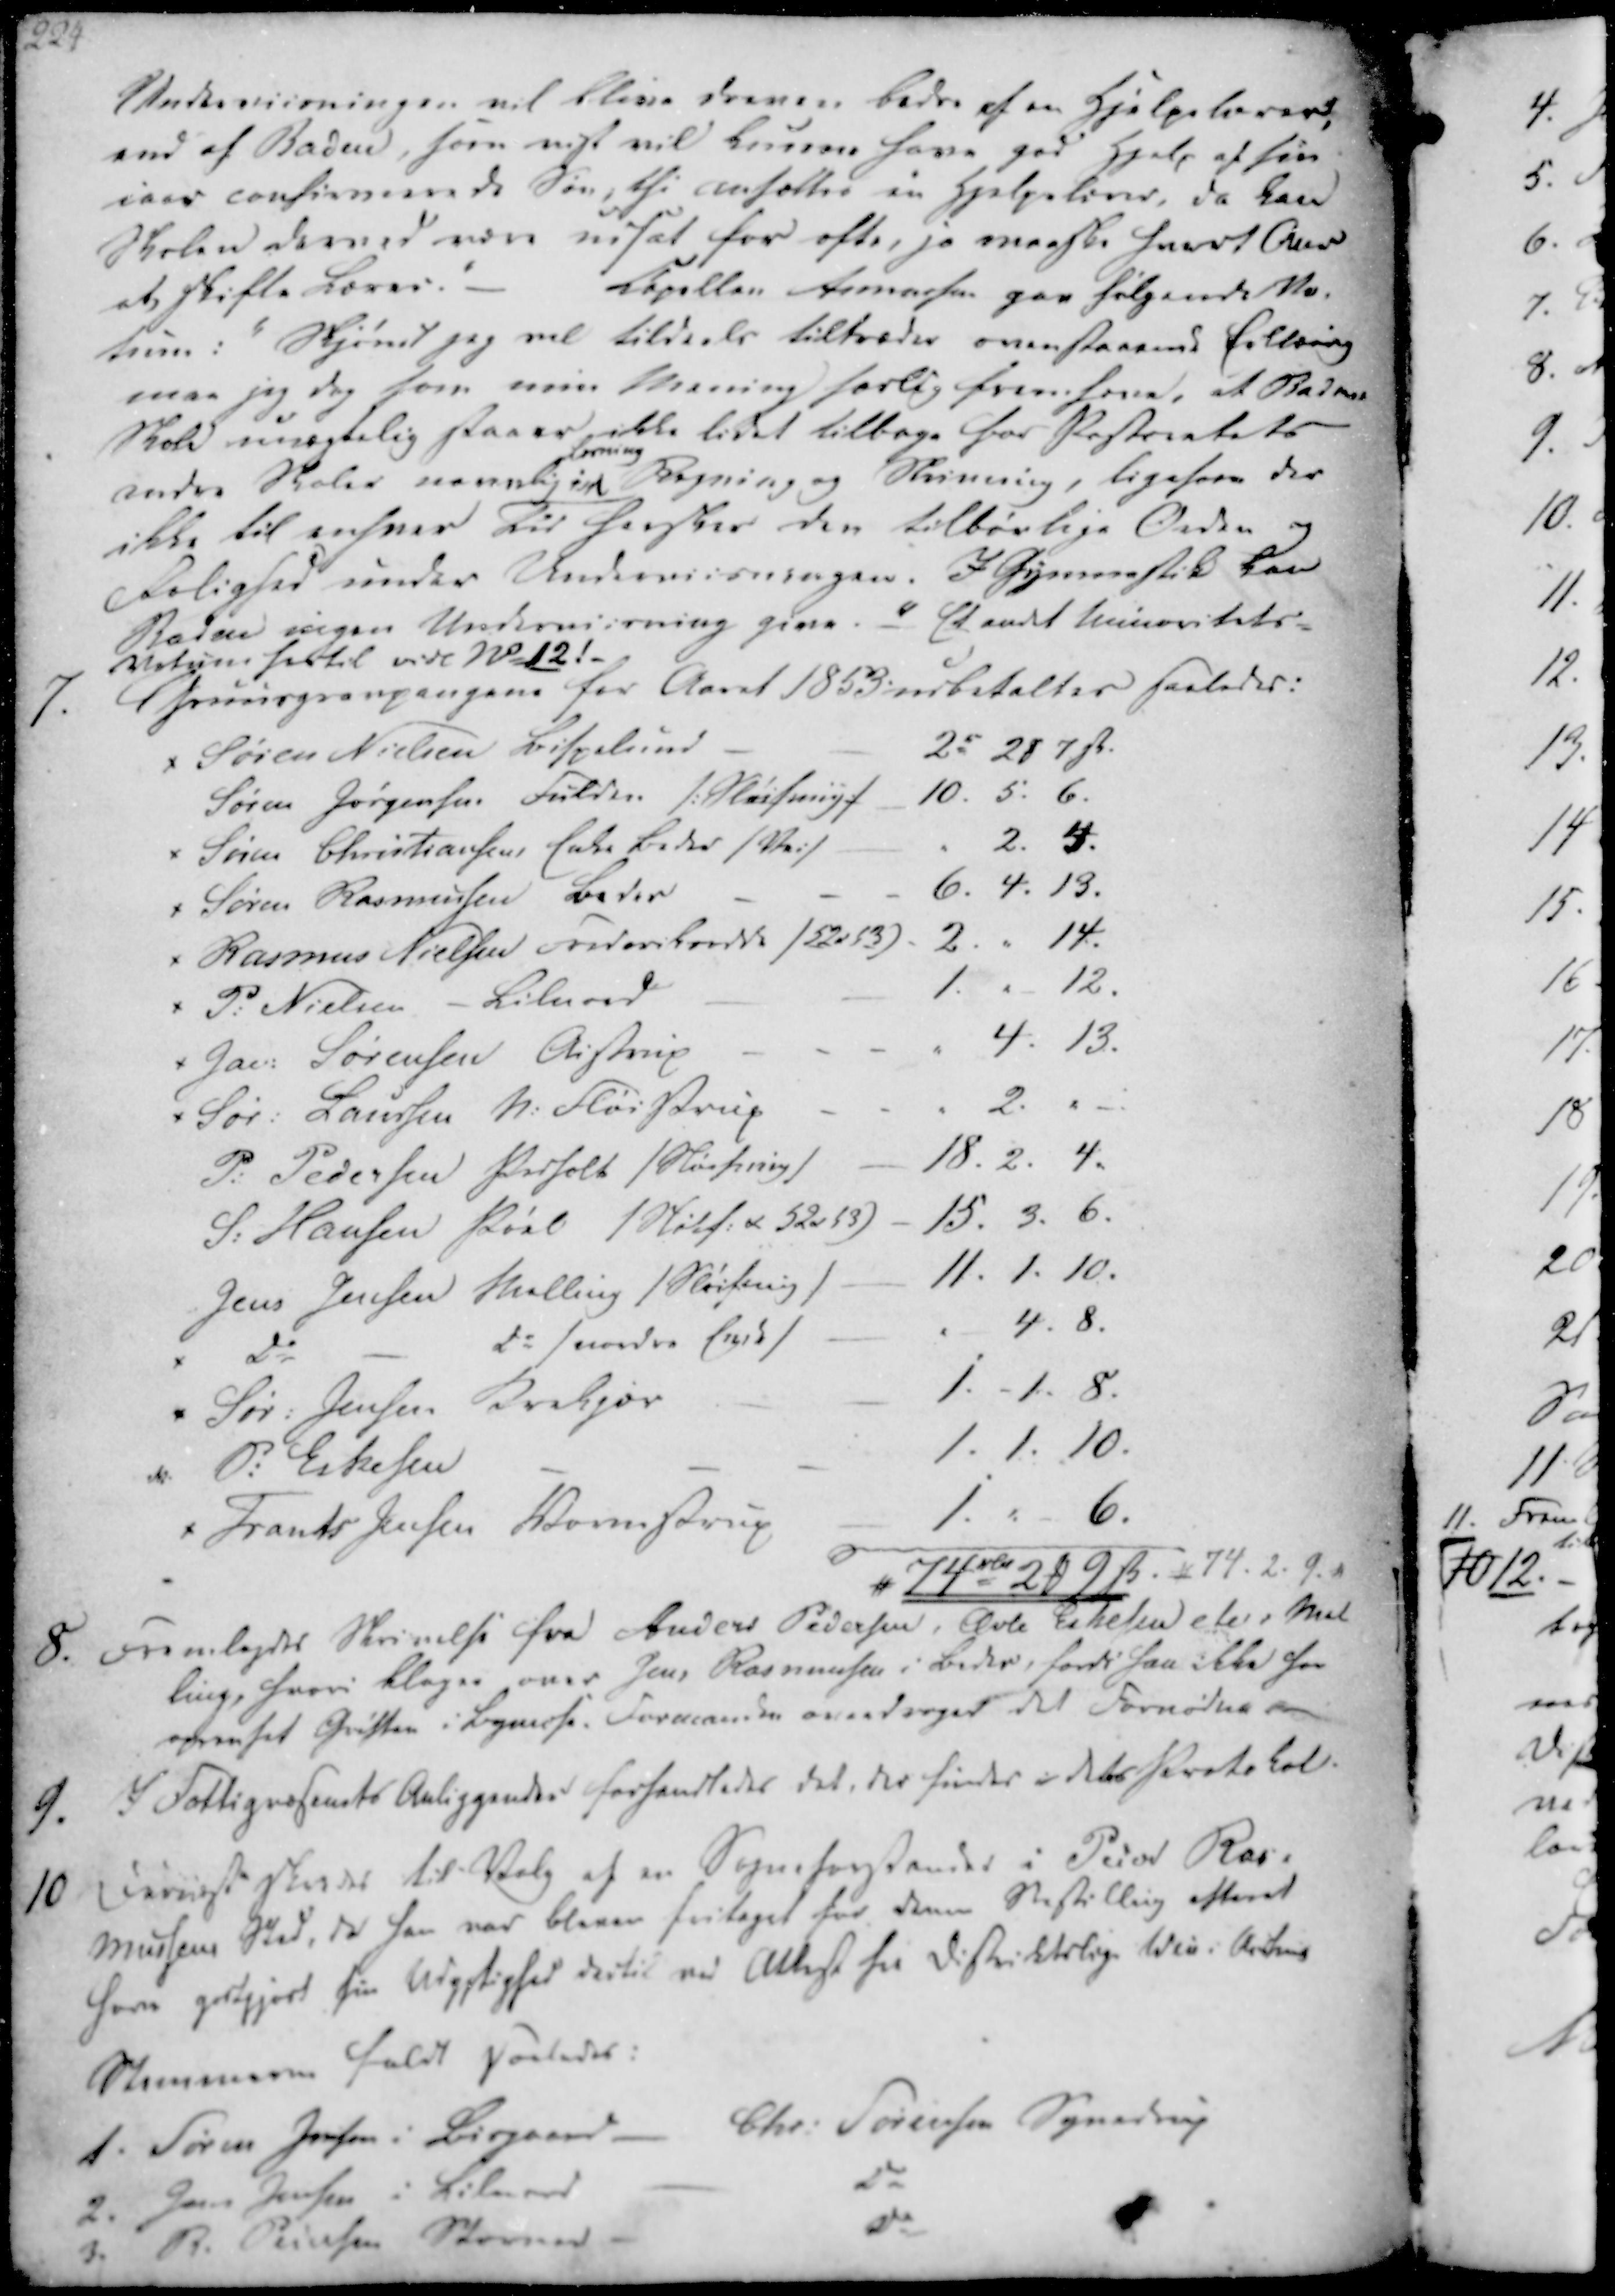
Transskription:
Underviisningen vil blive dreven bedre af en Hjelpelærer,
end af Baden, som vist vil kunne have god Hjelp af sin
iaar confirmerede Søn, thi ansættes en Hjelpelærer, da kan
Skolen derved være udsat for ofte, jo maaske hvert Aar
at skifte Lærer.
Kapellan Asmussen gav følgende Ve-
tum: "Skjøndt jeg vil tildeels tiltræde ovenstaaende Erklæring
maa jeg dog som min Mening forlig fremheve, at Beders
Skole unægtelig staaer ikke lidet tilbage for Pastoratets
andre Skoler navnlig i
læsning
Regning og Skrivning, ligesom der
ikke til enhver Tid hersker den tilbørlige Orden og
Rolighed under Underviisningen. I Gymnastik har
Baden ingen Underviisning give. -" Et andet minoritets-
Vetum hertil vidl No 12!

7.
Gruusgravpengene for Aaret 1853 udbetaltes saaledes:
x Søren Nielsen Bispelund
2 rd 2 ₻ 7 ẞ.
Søren Jørgensen Fulden /: Sløifning :/ 10. 5. 6.
x Søren Christiansens Enke Beder / Vei :/
2. 4.
x Søren Rasmussen Beder
6. 4. 13.
x Rasmus Nielsen Frederiksodde / 52*53) 2. " 14.
x P. Nielsen - Lilnord
1.
12.
x Jac. Sørensen Aistrup
4. 13.
x Sør. Laursen N. Fløistrup
2.
P. Pedersen Pedholt / Støesing / - 18. 2. 4.
S. Hansen Pøel / Stilf. * 52*53) - 15. 3. 6.
Jens Jensen Malling / Sløifning / - 11. 1. 10.
x do
do / nordre Eepek /
4. 8.
Sør. Jensen Krekjær
1. - 1. 8.
x P. Eskesen
1. 1. 10.
x Frants Jensen Wormstrup
1. " 6.
# 74 rbd 2 ₻ 9 ẞ. * 74. 2. 9. *

8. Fremlagdes Skrivelse fra Anders Pedersen, Øvle Eskesen etc. i Mal
ling, hvori klages over Jens Rasmussen i Beder, fordi han ikke for
oprenset Grøften i Bymose. Formanden overdrages det Fornødne
9. I Fattigvæsenets Anliggender forhandledes det, der findes i dets Protokol.
10. Dernæst skeedes til Valg af en Sogneforstander i Peder Ras-
mussens Sted, da han var bleven fritaget for denne Bestilling efterat
have godtgjort sin Udygtighed dertil ved Attest fra Distriktslæge Weis i Aarhuus
Stemmerne faldt saaledes:
1. Søren Jensen i Bisgaard
Chr. Sørensen Synedrup
2. Jens Jensen i Lilnord
Do
3. R. Pedersen Stornord
Do